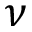
\nu